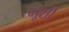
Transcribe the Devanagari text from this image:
गूशी